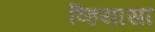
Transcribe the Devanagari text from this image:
व्हियासा